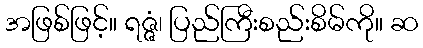
အဖြစ်ဖြင့်။ ရဇ္ဇံ၊ ပြည်ကြီးစည်းစိမ်ကို။ ဆ